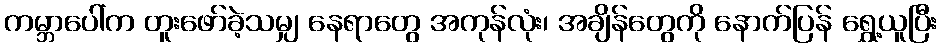
ကမ္ဘာပေါ်က တူးဖော်ခဲ့သမျှ နေရာတွေ အကုန်လုံး၊ အချိန်တွေကို နောက်ပြန် ရွှေ့ယူပြီး